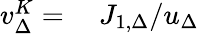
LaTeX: \begin{array}{rl}{v_{\Delta}^{K}=}&{{}\ J_{1,\Delta}/u_{\Delta}}\end{array}